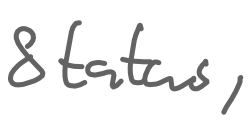
Text: Status,
Cross-out: clean
Writing tool: digital_gray